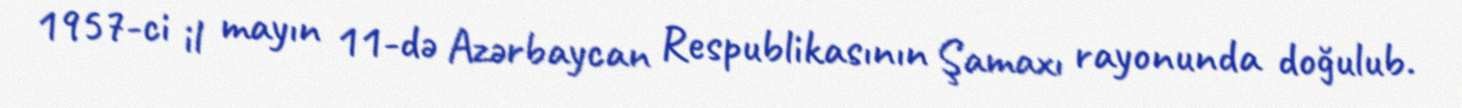
1957-ci il mayın 11-də Azərbaycan Respublikasının Şamaxı rayonunda doğulub.